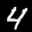
Label: 4